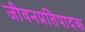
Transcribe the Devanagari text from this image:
जीवनप्रतिपादक